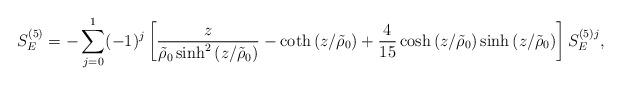
LaTeX: \begin{align*}S_E^{(5)}= -\sum_{j=0}^{1}(-1)^j\left[\frac{z}{\tilde{\rho}_0\sinh^2\left(z/\tilde{\rho}_0\right)}-\coth\left(z/\tilde{\rho}_0\right)+\frac{4}{15}\cosh\left(z/\tilde{\rho}_0\right)\sinh\left(z/\tilde{\rho}_0\right)\right]S_E^{(5)j} ,\end{align*}